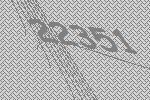
22351